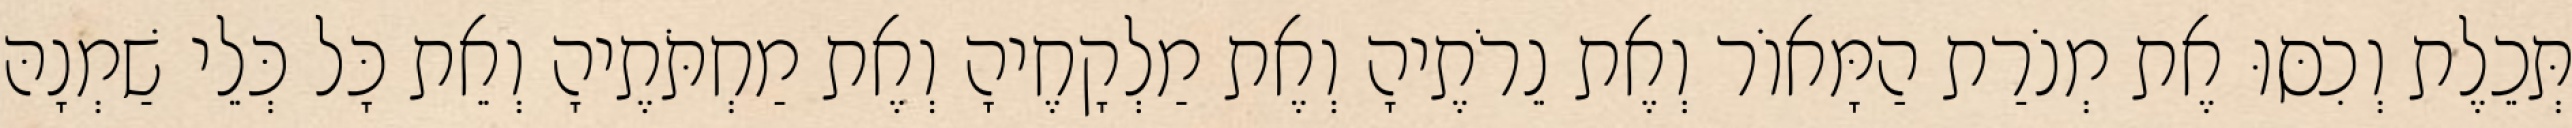
תְּכֵלֶת וְכִסּוּ אֶת מְנֹרַת הַמָּאוֹר וְאֶת נֵרֹתֶיהָ וְאֶת מַלְקָחֶיהָ וְאֶת מַחְתֹּתֶיהָ וְאֵת כָּל כְּלֵי שַׁמְנָהּ